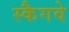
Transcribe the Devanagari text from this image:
स्कैगवे